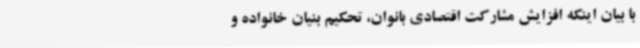
با بیان اینکه افزایش مشارکت اقتصادی بانوان، تحکیم بنیان خانواده و